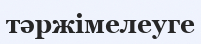
тәржімелеуге